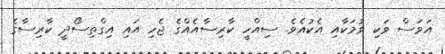
އަވަސް ވަކި ވުމަކާއި އެކުއެވެ. ސިއްހީ ކާރިސާއެއްގެ ޖެހި އައި އިގްތިސޯދީ ކާރިސާގެ